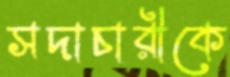
সদাচারীকে